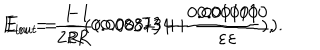
E _ { i n } = \frac { 1 } { 2 R } ( 0 . 0 0 8 8 7 3 + \frac { 0 . 0 0 1 0 1 0 } { \varepsilon } ) , \hspace { 2 c m } E _ { o u t } = \frac { - 1 } { 2 R } ( 0 . 0 0 3 2 3 4 + \frac { 0 . 0 0 1 0 1 0 } { \varepsilon } ) .